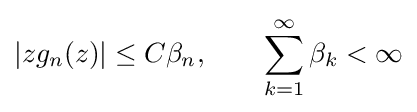
\left|zg_{n}(z)\right|\leq C\beta _{n},\qquad \sum _{k=1}^{\infty }\beta _{k}<\infty